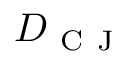
D _ { \mathrm { ~ C ~ J ~ } }